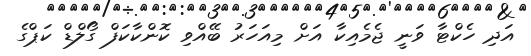
އަދި ހެކްޓާ ވަނީ ޖެމެއިކާ އަށް މިއަހަރު ބޭއްވި ކޮންކާކަފް ގޯލްޑް ކަޕްގެ